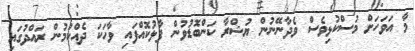
މާ އަވަހަށް މުސްކުޅިވެސް ވެދާނޭނުން ޔުޝްރާ ކަންބޮޑުވުން ފާޅުކޮއްފައި ވާހަކަ ދެއްކުމުން ރައްދުގައި